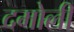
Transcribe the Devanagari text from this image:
दमोली